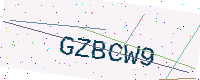
Text: GZBCW9